Report on sanitation, dispensaries, and jails in Rajputana for 1912, and on vaccination for the year 1912-1913 - 1912-1913
Year: 1912
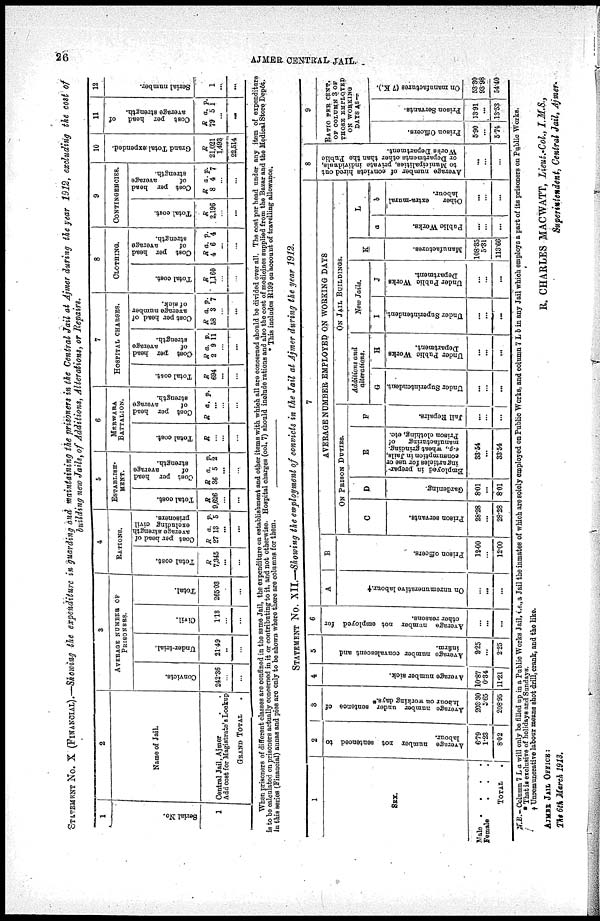
26
AJMER CENTRAL JAIL.
STATEMENT No. X (FINANCIAL).—Showing the expenditure in guarding and maintaining the prisoners in the Central Jail at Ajmer during the year 1912, excluding the cost of
building new Jails, of Additions, Alterations, or Repairs.
1
Serial No.
1
2
Name of Jail.
Central Jail, Ajmer . .
Add cost for Magistrate's Lookup
GRAND TOTAL .
3
AVERAGE NUMBER OF
PRISONERS.
Convicts.
242.36
...
...
Under-trial.
21.49
..
...
Civil.
1.18
...
...
Total.
265.03
...
...
4
RATIONS.
Total cost.
R
7,345
...
...
Cost per head of
average strength
excluding civil
prisoners.
R
27
a.
18
p.
5
...
...
5
ESTABLISH¬
MENT.
Total cost.
R
9,626
...
...
Cost per head
of
average
strength.
R
36
a.
5
p.
2
...
...
6
MERWARA
BATTALION.
Total cost
R
...
...
...
Cost per head
of
average
strength.
R a. p.
...
...
...
7
HOSPITAL CHARGES.
Total cost.
R
694
...
...
Cost per head
of
average
strength.
R
2
a.
9
p.
11
...
...
Cost per head of
average number
of sick.
R
58
a.
3
p.
7
...
...
8
CLOTHING.
Total cost.
R
1,160
...
...
Cost per head
of
average
strength.
R
4
a.
6
p.
4
...
...
9
CONTINGENCIES.
Total cost.
R
2,196
...
...
Cost per head
of
average
strength.
R
8
a.
4
p.
7
...
...
10
Grand Total expended.
R
21,021
1,493
22,514
11
Cost per head
of
average strength.
R
79
a.
5
p.
1
...
...
12
Serial number.
1
...
...
When prisoners of different classes are confined in the same Jail, the expenditure on establishment and other items with which all are concerned should be divided over all. The cost per head under any item of expenditure
is to be calculated on prisoners actually concerned in it or contributing to it. and not otherwise. Hospital charges (col. 7) should include rations and also the cost of medicines supplied from the Bazar and the Medical Store Depôt.
in this series (Financial) annas and pies are only to be shown where there are columns for them.
* This includes R199 on account of travelling allowance.
STATEMENT No. XII.—Showing the employment of convicts in the Jail at Ajmer during the year 1912.
1
SIX.
Male .
.
.
.
Female
. . .
TOTAL
.
2
Average number not sentenced to
labour.
6.79
1.23
8.02
3
Average number under sentence of
labour on working days.*
203.30
5.65
208.95
4
Average number sick.
10.87
0.34
11.21
5
Average number convalescent and
infirm.
2.25
...
2.25
6
Average number not employed for
other reasons.
...
...
...
7
A
On unremunerative labour.†
...
...
...
B
Prison officers.
12.00
...
12.00
AVERAGE NUMBER EMPLOYED ON WORKING DAYS
ON PRISON DUTIES.
C
Prison servants.
28.28
...
28.28
D
Gardening.
8.01
...
8.01
E
Employed in prepar-
ing articles for use or
consumption in Jails,
e.g., wheat grinding,
manufacturing
of
Prison clothing, etc.
33.54
...
33.54
F
Jail Repairs.
...
...
...
ON JAIL BUILDINGS.
Additions and
alterations.
G
Under Superintendent
...
...
...
H
Under Public Works
Department.
...
...
...
New Jails.
I
Under Superintendent.
...
...
...
J
Under Public Works
Department
...
...
...
K
Manufactures.
108.85
5.31
113.66
L
a
Public Works.
...
...
...
b
Other
extra-mural
labour.
...
...
...
8
Average number of convicts hired out
to Municipalities, private individuals,
or Departments other than the Public
Works Department.
...
...
...
9
RATIO PER CENT.
OF COLUMN 3 OF
THOSE EMPLOYED
ON WORKING
DAYS AS —
Prison Officers.
5.90
...
5.74
Prison Servant*.
13.91
...
13.53
On manufactures (7 K.)
53.30
93.98
54.40
N.B.—Column 7 L a will only be filled up in a Public Works Jail, i.e., a Jail the inmates of which are solely employed on Public Works, and column 7 L b in any Jail which employs a part of its prisoners on Public Works.
* That is exclusive of holidays and Sundays.
† Unremunerative labour means shot drill, crank, and the like.
R. CHARLES MACWATT, Lieut.-Col., I.M.S.,
Superintendent, Central Jail, Ajmer.
AJMER JAIL OFFICE:
The 6th March 1913.